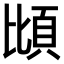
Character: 𫖝